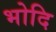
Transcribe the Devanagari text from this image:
भोदि